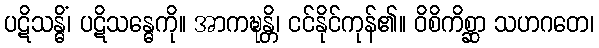
ပဋိသန္ဓိံ၊ ပဋိသန္ဓေကို။ အာကဍ္ဎန္တိ၊ ငင်နိုင်ကုန်၏။ ဝိစိကိစ္ဆာ သဟဂတေ၊